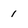
Character: 1